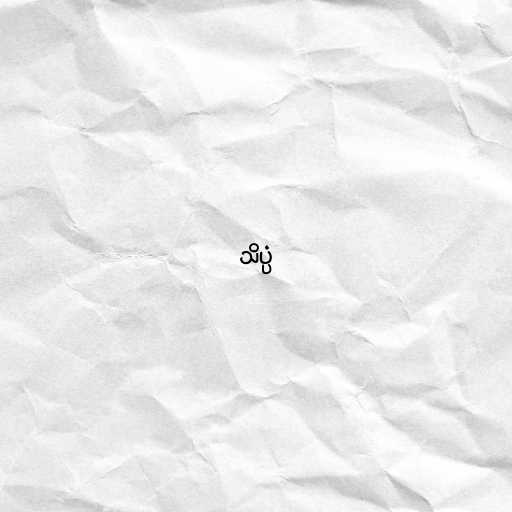
သိပ္ပံ